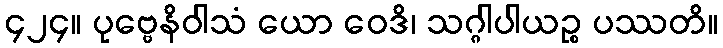
၄၂၄။ ပုဗ္ဗေနိဝါသံ ယော ဝေဒိ၊ သဂ္ဂါပါယဉ္စ ပဿတိ။